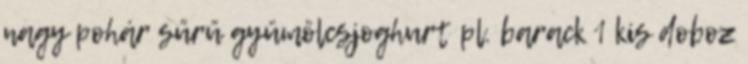
nagy pohár sűrű gyümölcsjoghurt pl. barack 1 kis doboz